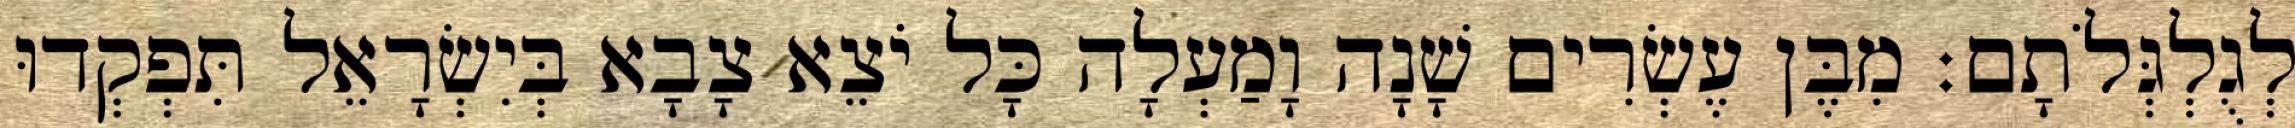
לְגֻלְגְּלֹתָם׃ מִבֶּן עֶשְׂרִים שָׁנָה וָמַעְלָה כָּל יֹצֵא צָבָא בְּיִשְׂרָאֵל תִּפְקְדוּ